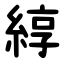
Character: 綧